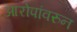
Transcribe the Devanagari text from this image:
आरोपांवरुन